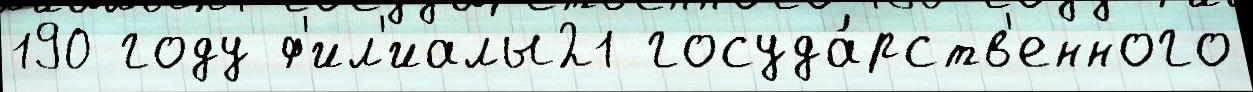
190 году ф'ил'иалы21 госуда́рств'енного